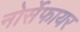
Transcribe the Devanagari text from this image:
नोर्सेफायर